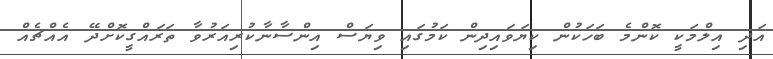
އަދި އިލްމަކީ ކޮންމެ ބަހަކުން ކިޔަވައިދިން ކަމުގައި ވިޔަސް އިންސާނާކުރިއަރުވާ ތަރައްގީކޮށްދޭ އެއްޗެއް